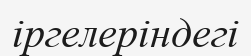
іргелеріндегі